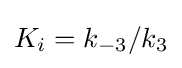
K_{i}=k_{-3}/k_{3}